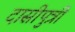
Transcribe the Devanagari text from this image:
दासीपुत्री